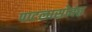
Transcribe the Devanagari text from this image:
पाटलासोबत